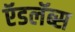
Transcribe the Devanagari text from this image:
ऍडलॅब्स